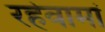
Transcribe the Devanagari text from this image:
रहेवामां